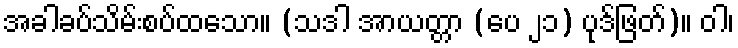
အခါခပ်သိမ်းစပ်ထသော။ (သဒါ အာယတ္တာ (ပေ ၂၁) ပုဒ်ဖြတ်)။ ဝါ၊